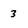
Character: 3